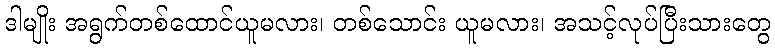
ဒါမျိုး အရွက်တစ်ထောင်ယူမလား၊ တစ်သောင်း ယူမလား၊ အသင့်လုပ်ပြီးသားတွေ